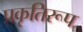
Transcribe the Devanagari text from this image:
प्रकृतिरूप